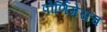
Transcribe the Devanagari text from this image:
पोर्णिमेसच